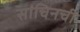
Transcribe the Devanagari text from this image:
सांचिनची